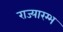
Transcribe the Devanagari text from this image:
राज्यारम्भ